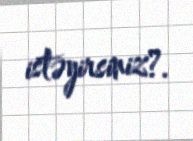
istəyirsiniz?.